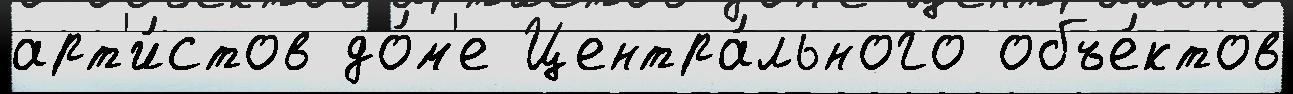
арт'и́стов до́м'е Центра́льного объе́ктов